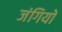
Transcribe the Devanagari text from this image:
जंगियों